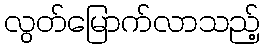
လွတ်မြောက်လာသည့်